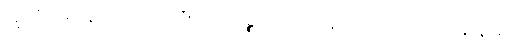
ဣတိဣမာနိ၊ ဤသည်တို့ကား။ ပဉ္စ၊ ငါးပါးကုန်သော။ ဝိညာဏာနိ နာမ၊